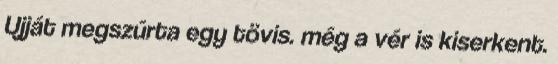
Ujját megszúrta egy tövis. még a vér is kiserkent.